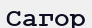
Сагор